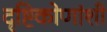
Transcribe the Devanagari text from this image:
दृष्टिकोणांशी